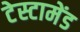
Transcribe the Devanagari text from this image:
टेस्टामेंड